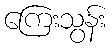
ကြေးသွန်း